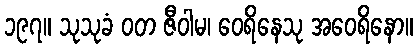
၁၉၇။ သုသုခံ ဝတ ဇီဝါမ၊ ဝေရိနေသု အဝေရိနော။